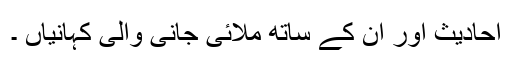
احادیث اور ان کے ساتھ ملائی جانی والی کہانیاں‌ ۔